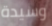
وسيدة